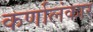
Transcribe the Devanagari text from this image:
कर्णालंकार